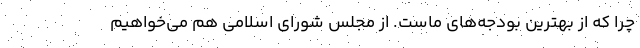
چرا که از بهترین بودجه‌های ماست. از مجلس شورای اسلامی هم می‌خواهیم